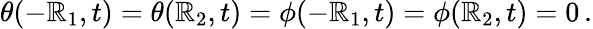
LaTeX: \theta(-\mathbb{R}_{1},t)=\theta(\mathbb{R}_{2},t)=\phi(-\mathbb{R}_{1},t)=\phi(\mathbb{R}_{2},t)=0\, .